Vaccination United Provinces of Agra and Oudh 1914-1922 - 1914-1922
Year: 1914
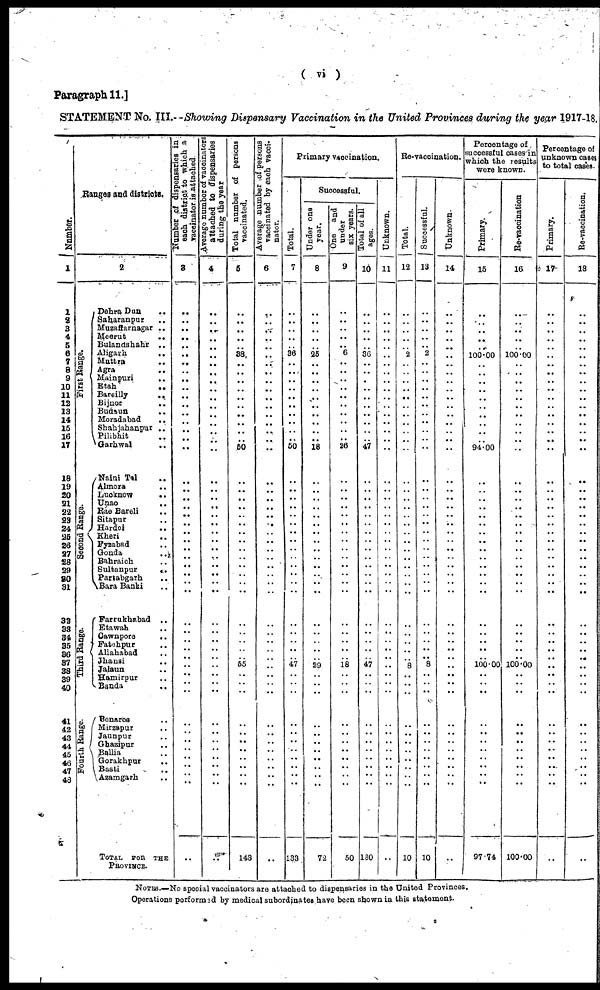
( vi )
Paragraph 11.]
STATEMENT No. III.—Showing Dispensary Vaccination in the United Provinces during the year 1917-18.
Number.
1
1
2
3 4
5
6 7
8
9
10
11
12
13
14
15
16
17
18
19
20
21
22
23
24
25 26
27
28
29
30
31
32
33
34
35
36
37
38
39
40
41
42
43
44
45
46
47
48
Ranges and districts.
2
First Range.
Second Range.
Third Range.
Fourth Range.
Dehra Dun ..
Sharanpur ..
Muzaffarnagar ..
Meerut
..
Bulandshahr ..
Aligarh
..
Muttra ..
Agra ..
Mainpuri ..
Etah ..
Bareilly ..
Bijnor ..
Budaun ..
Moradabad
..
Shahjahanpur ..
Pilibhit ..
Garhwal ..
Naini Tal ..
Almora ..
Lucknow
..
Unao ..
Rae Bareli ..
Sitapur ..
Hardoi ..
Kheri
..
Fyzabad ..
Gonda ..
Bahraich ..
Sultanpur
..
Partabgarh ..
Bara Banki ..
Farrukhabad ..
Etawah ..
Cawnpore
..
Fatehpur ..
Allahabad ..
Jhanai
..
Jalaun ..
Hamirpur ..
Banda ..
Benares ..
Mirzapur ..
Jaunpur ..
Ghazipur ..
Ballia ..
Gorakhpur ..
Basti ..
Azamgarh ..
TOTAL FOR THE
PROVINCE.
Number of dispensaries in
each district to which a
vaccinator is attached
3
..
..
..
..
..
..
..
..
..
..
..
..
..
..
..
..
..
..
..
..
..
..
..
..
..
..
..
..
..
..
..
..
..
..
..
..
..
..
..
..
..
..
..
..
..
..
..
..
..
Average number of vaccinators
attached to dispensaries
during the year
4
..
..
..
..
..
..
..
..
..
..
..
..
..
..
..
..
..
..
..
..
..
..
..
..
..
..
..
..
..
..
..
..
..
..
..
..
..
..
..
..
..
..
..
..
..
..
..
..
..
Total number of persons
vaccinated.
5
..
..
..
..
..
33
..
..
..
..
..
..
..
..
..
..
50
..
..
..
..
..
..
..
..
..
..
..
..
..
..
..
..
..
..
..
55
..
..
..
..
..
..
..
..
..
..
..
143
Average number of persons
vaccinated by each vacci¬
nator.
6
..
..
..
..
..
..
..
..
..
..
..
..
..
..
..
..
..
..
..
..
..
..
..
..
..
..
..
..
..
..
..
..
..
..
..
..
..
..
..
..
..
..
..
..
..
..
..
..
..
Primary vaccination.
Total.
7
..
..
..
..
..
36
..
..
..
..
..
..
..
..
..
..
50
..
..
..
..
..
..
..
..
..
..
..
..
..
..
..
..
..
..
..
47
..
..
..
..
..
..
..
..
..
..
..
133
Successful.
Under one
year.
8
..
..
..
..
..
25
..
..
..
..
..
..
..
..
..
..
18
..
..
..
..
..
..
..
..
..
..
..
..
..
..
..
..
..
..
..
29
..
..
..
..
..
..
..
..
..
..
..
72
One and
under
six years.
9
..
..
..
..
..
6
..
..
..
..
..
..
..
..
..
..
26
..
..
..
..
..
..
..
..
..
..
..
..
..
..
..
..
..
..
..
18
..
..
..
..
..
..
..
..
..
..
..
50
Total of all
ages.
10
..
..
..
..
..
36
..
..
..
..
..
..
..
..
..
..
47
..
..
..
..
..
..
..
..
..
..
..
..
..
..
..
..
..
..
..
47
..
..
..
..
..
..
..
..
..
..
..
130
Unknown.
11
..
..
..
..
..
..
..
..
..
..
..
..
..
..
..
..
..
..
..
..
..
..
..
..
..
..
..
..
..
..
..
..
..
..
..
..
..
..
..
..
..
..
..
..
..
..
..
..
..
Re-vaccination.
Total.
12
..
..
..
..
..
2
..
..
..
..
..
..
..
..
..
..
..
..
..
..
..
..
..
..
..
..
..
..
..
..
..
..
..
..
..
..
8
..
..
..
..
..
..
..
..
..
..
..
10
Successful.
13
..
..
..
..
..
2
..
..
..
..
..
..
..
..
..
..
..
..
..
..
..
..
..
..
..
..
..
..
..
..
..
..
..
..
..
..
8
..
..
..
..
..
..
..
..
..
..
..
10
Unknown.
14
..
..
..
..
..
..
..
..
..
..
..
..
..
..
..
..
..
..
..
..
..
..
..
..
..
..
..
..
..
..
..
..
..
..
..
..
..
..
..
..
..
..
..
..
..
..
..
..
..
Percentage of
successful cases in
which the results
were known.
Primary.
15
..
..
..
..
..
100.00
..
..
..
..
..
..
..
..
..
..
94.00
..
..
..
..
..
..
..
..
..
..
..
..
..
..
..
..
..
..
..
100.00
..
..
..
..
..
..
..
..
..
..
..
97.74
Re-vaccination
16
..
..
..
..
..
100.00
..
..
..
..
..
..
..
..
..
..
..
..
..
..
..
..
..
..
..
..
..
..
..
..
..
..
..
..
..
..
100.00
..
..
..
..
..
..
..
..
..
..
..
100.00
Percentage of
unknown cases
to total cases.
Primary.
17
..
..
..
..
..
..
..
..
..
..
..
..
..
..
..
..
..
..
..
..
..
..
..
..
..
..
..
..
..
..
..
..
..
..
..
..
..
..
..
..
..
..
..
..
..
..
..
..
..
Re-vaccination.
18
..
..
..
..
..
..
..
..
..
..
..
..
..
..
..
..
..
..
..
..
..
..
..
..
..
..
..
..
..
..
..
..
..
..
..
..
..
..
..
..
..
..
..
..
..
..
..
..
..
NOTES.—No special vaccinators are attached to dispensaries in the United Provinces.
Operations performed by medical subordinates have been shown in this statement.